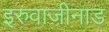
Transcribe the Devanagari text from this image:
इरुवाज़ीनाड